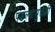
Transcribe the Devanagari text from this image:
पडल्यामुळेही